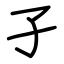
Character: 孑